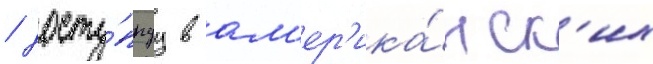
/ досту́пнуу в ам'ер'ика́нск'их